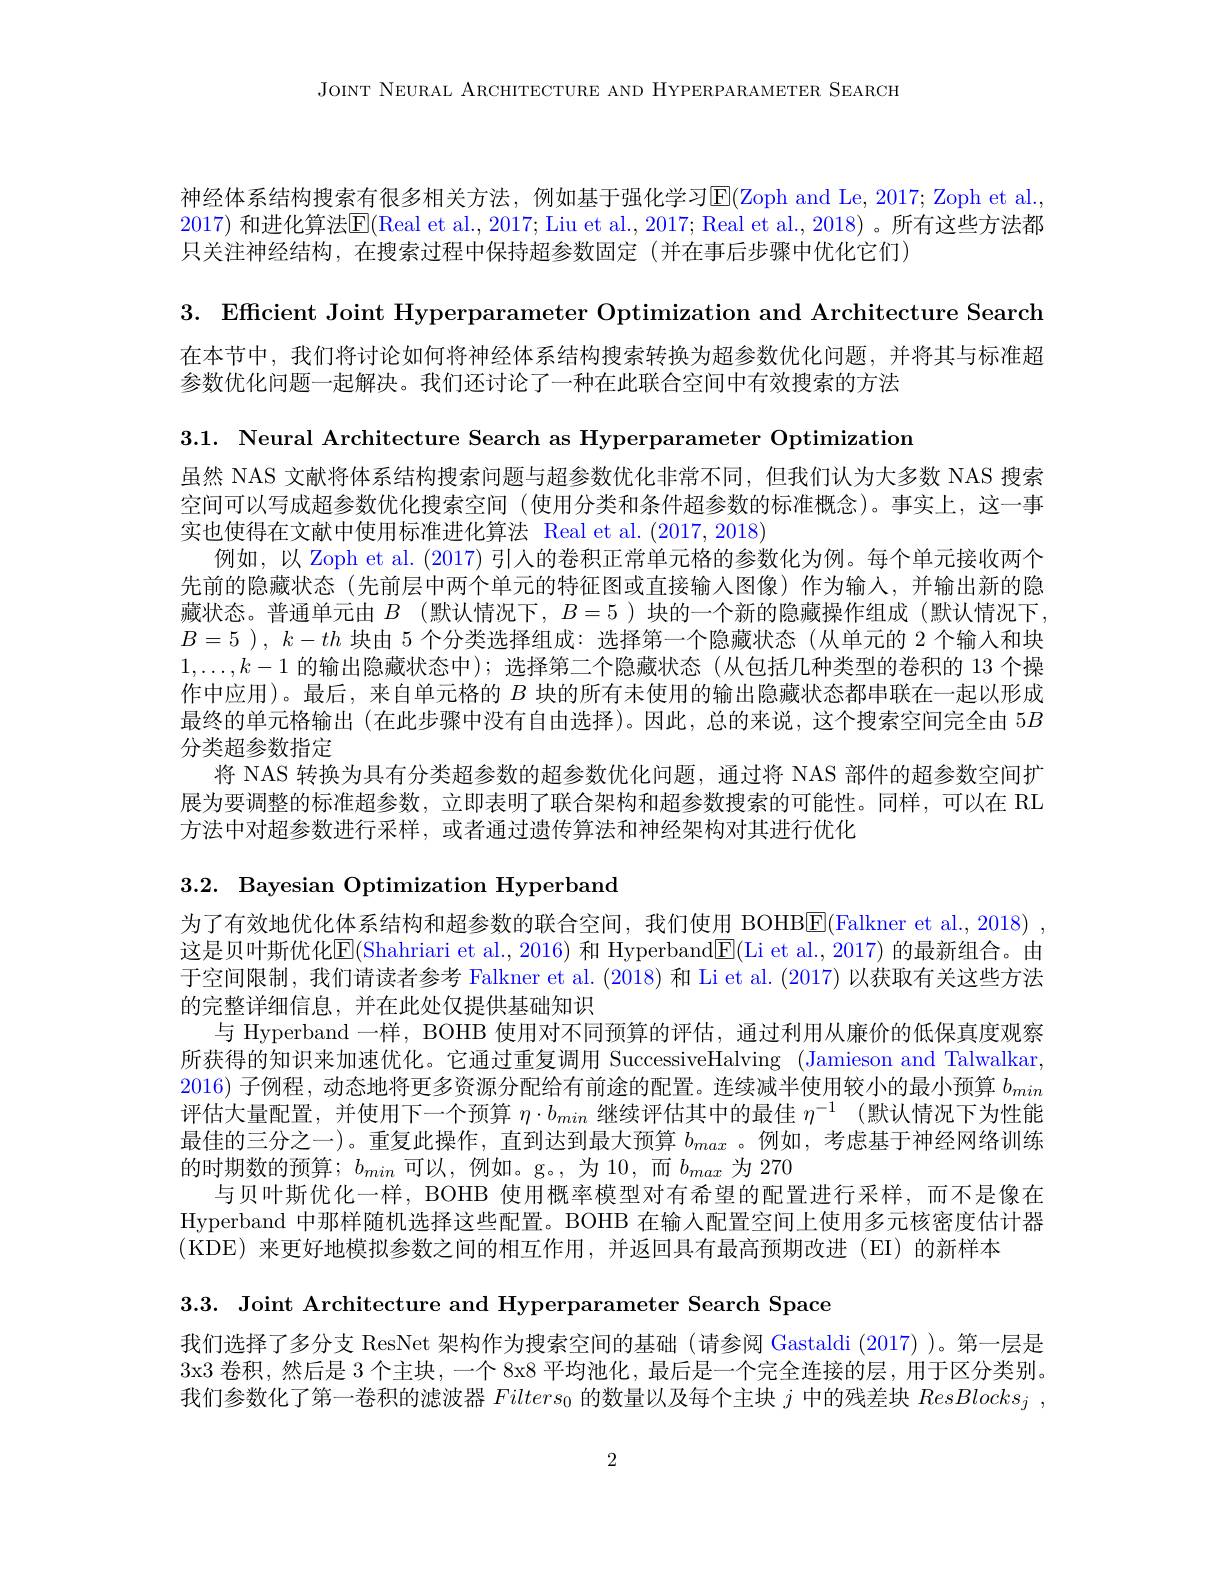
JOINT NEURAL ARCHITECTURE AND HYPERPARAMETER SEARCH

神经体系结构搜索有很多相关方法，例如基于强化学习$\operatorname{E}($Zoph and Le,2017; Zoph et al., 2017) 和进化算法$\overline{\mathrm{E}}($Real et al., 2017; Liu et al., 2017; Real et al., 2018) 。所有这些方法都只关注神经结构，在搜索过程中保持超参数固定(并在事后步骤中优化它们)

3. Efficient Joint Hyperparameter Optimization and Architecture Search 在本节中，我们将讨论如何将神经体系结构搜索转换为超参数优化问题，并将其与标准超参数优化问题一起解决。我们还讨论了一种在此联合空间中有效搜索的方法3.1. Neural Architecture Search as Hyperparameter Optimization 虽然 NAS 文献将体系结构搜索问题与超参数优化非常不同，但我们认为大多数 NAS 搜索空间可以写成超参数优化搜索空间 (使用分类和条件超参数的标准概念)。事实上，这一事实也使得在文献中使用标准进化算法 Real et al.(2017,2018)
例如，以 Zoph et al. (2017) 引人的卷积正常单元格的参数化为例。每个单元接收两个先前的隐藏状态(先前层中两个单元的特征图或直接输入图像)作为输人，并输出新的隐藏状态。普通单元由$B$ (默认情况下，$B=5$ )块的一个新的隐藏操作组成 (默认情况下， $B= 5$ ), $k- th$块由 5 个分类选择组成：选择第一个隐藏状态(从单元的 2 个输人和块$1,\ldots,k-1$的输出隐藏状态中);选择第二个隐藏状态(从包括几种类型的卷积的 13 个操作中应用)。最后，来自单元格的$B$块的所有未使用的输出隐藏状态都串联在一起以形成最终的单元格输出(在此步骤中没有自由选择)。因此，总的来说，这个搜索空间完全由 5$B$ 分类超参数指定
将 NAS 转换为具有分类超参数的超参数优化问题，通过将 NAS 部件的超参数空间扩展为要调整的标准超参数，立即表明了联合架构和超参数搜索的可能性。同样，可以在 RL 方法中对超参数进行采样，或者通过遗传算法和神经架构对其进行优化
3.2. Bayesian Optimization Hyperband
为了有效地优化体系结构和超参数的联合空间，我们使用 BOHB$\overline{\mathrm{E}}($Falkner et al., 2018) ,

这是贝叶斯优化E(Shahriari et al., 2016) 和 Hyperband$\overline \mathrm{F}($Li et al., 2017) 的最新组合。由于空间限制，我们请读者参考 Falkner et al. (2018)和 Li et al. (2017)以获取有关这些方法的完整详细信息，并在此处仅提供基础知识
与 Hyperband 一样，BOHB 使用对不同预算的评估，通过利用从廉价的低保真度观察所获得的知识来加速优化。它通过重复调用 SuccessiveHalving (Jamieson and Talwalkar, 2016)子例程，动态地将更多资源分配给有前途的配置。连续减半使用较小的最小预算$b_{min}$ 评估大量配置，并使用下一个预算$\eta\cdot b_{min}$继续评估其中的最佳$\eta^{-1}$ (默认情况下为性能最佳的三分之一)。重复此操作，直到达到最大预算$b_{max}$ 。例如，考虑基于神经网络训练的时期数的预算；$b_min$可以，例如。g。,为 10,而$b_max$为 270
与贝叶斯优化一样，BOHB 使用概率模型对有希望的配置进行采样，而不是像在Hyperband 中那样随机选择这些配置。BOHB 在输入配置空间上使用多元核密度估计器(KDE)来更好地模拟参数之间的相互作用，并返回具有最高预期改进(EI)的新样本

3.3. Joint Architecture and Hyperparameter Search Space

我们选择了多分支 ResNet 架构作为搜索空间的基础(请参阅 Gastaldi (2017) )。第一层是3x3 卷积，然后是 3 个主块，一个 8x8 平均池化，最后是一个完全连接的层，用于区分类别。我们参数化了第一卷积的滤波器$Filters_{0}$的数量以及每个主块$j$中的残差块$ResBlocks_j$,

2